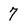
Character: 7